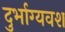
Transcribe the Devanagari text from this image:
दुर्भाग्‍यवश